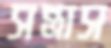
সন্ত্রাস